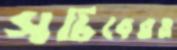
সচিবেরও